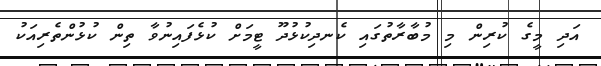
އަދި މީގެ ކުރިން މި މުބާރާތުގައި ކެނދިކުޅުދޫ ޓީމަށް ކުޅެފައިނުވާ ތިން ކުޅުންތެރިއަކު